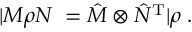
| M \rho N \rrangle = \hat { M } \otimes \hat { N } ^ { \mathrm { T } } | \rho \rrangle .